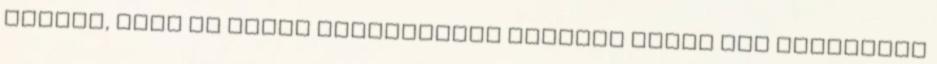
hiszik, hogy az évelő növényekről szedett virág nem pusztítja